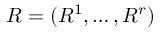
R = ( R ^ { 1 } , \ldots , R ^ { r } )